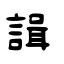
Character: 諿